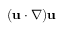
( { \bf u } \cdot \nabla ) { \bf u }